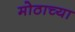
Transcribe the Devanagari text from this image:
मोठाच्या